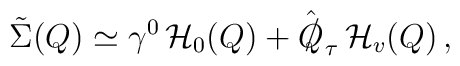
\tilde{\Sigma} (Q) \simeq \gamma^0 \, {\cal H}_0 (Q) + \hat{{Q\kern-0.1em\raise0.3ex\llap{/}\kern0.15em\relax}}_\tau \, {\cal H}_v (Q) \, ,